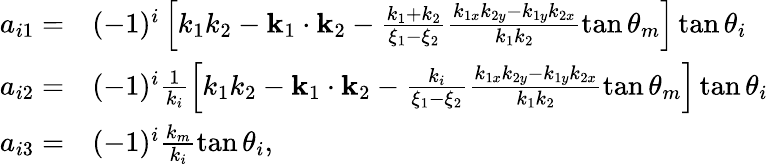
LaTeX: \begin{array}{rl}{a_{i1}=}&{{}(-1)^{i}\left[k_{1}k_{2}-\mathbf{k}_{1}\cdot\mathbf{k}_{2}-\frac{k_{1}+k_{2}}{\xi_{1}-\xi_{2}}\frac{k_{1x}k_{2y}-k_{1y}k_{2x}}{k_{1}k_{2}}\tan\theta_{m}\right]\tan\theta_{i}}\\ {a_{i2}=}&{{}(-1)^{i}\frac{1}{k_{i}}\left[k_{1}k_{2}-\mathbf{k}_{1}\cdot\mathbf{k}_{2}-\frac{k_{i}}{\xi_{1}-\xi_{2}}\frac{k_{1x}k_{2y}-k_{1y}k_{2x}}{k_{1}k_{2}}\tan\theta_{m}\right]\tan\theta_{i}}\\ {a_{i3}=}&{{}(-1)^{i}\frac{k_{m}}{k_{i}}\tan\theta_{i},}\end{array}